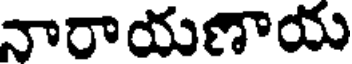
నారాయణాయ